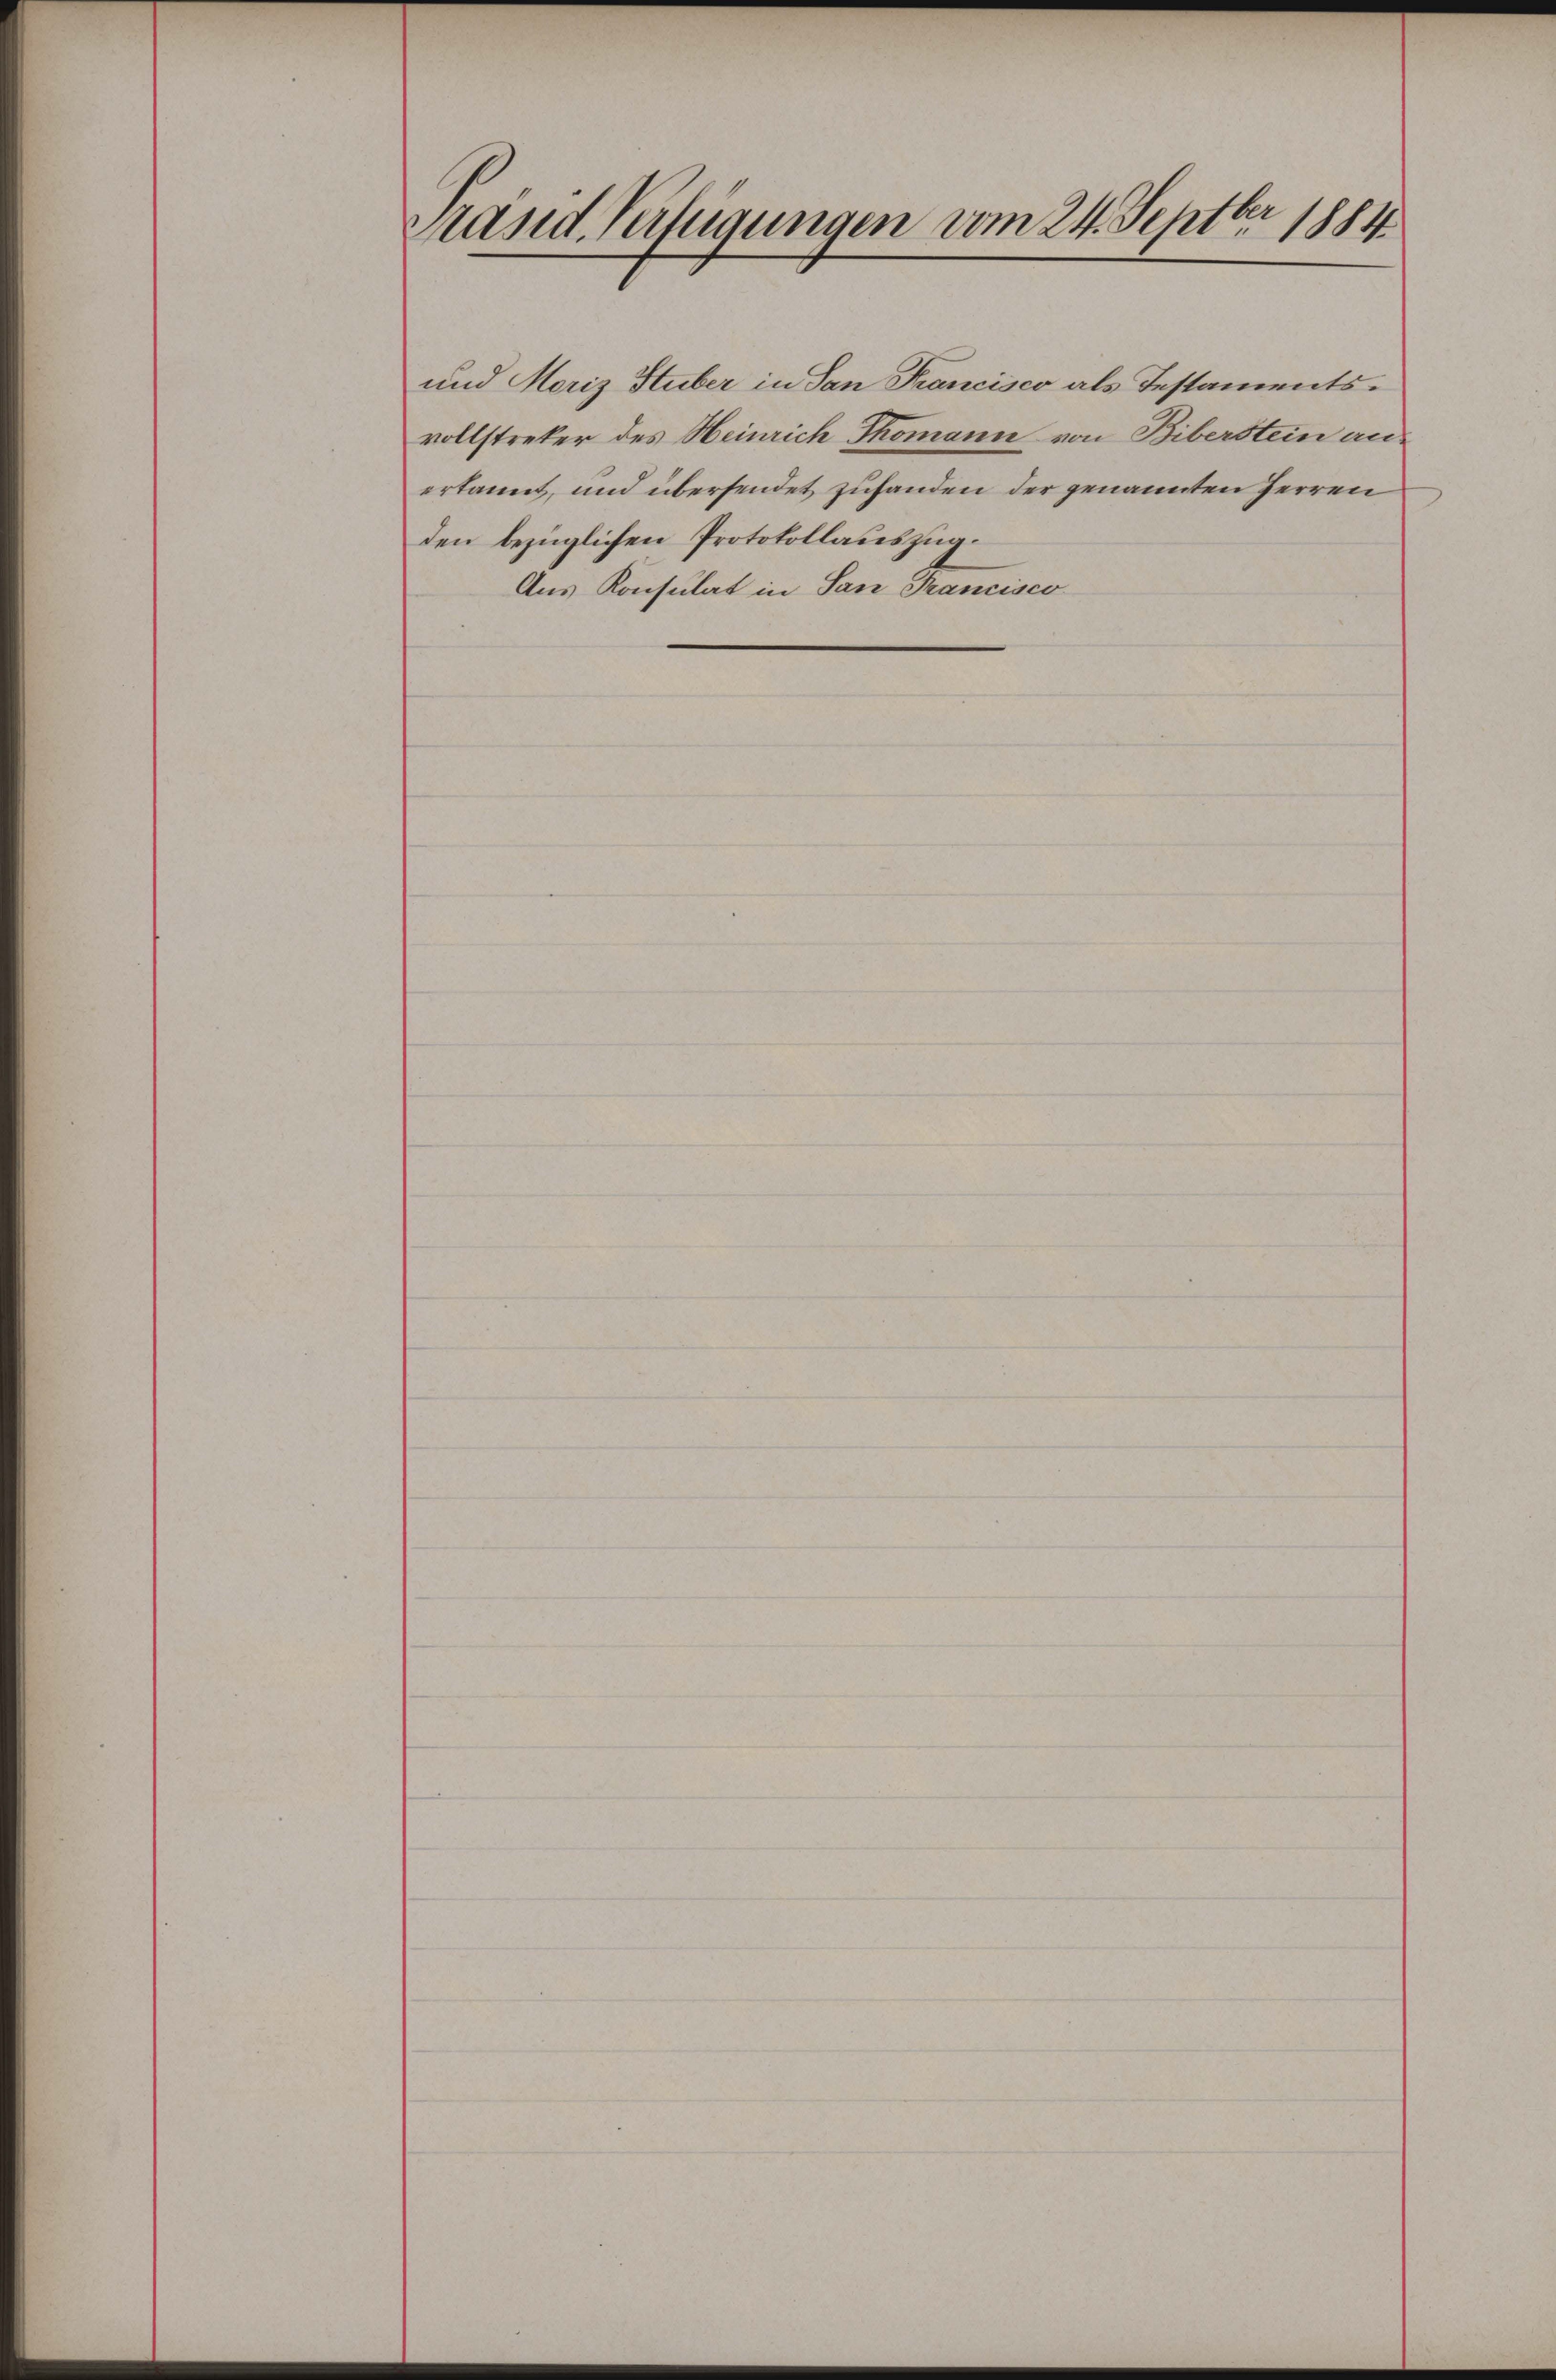
Präsid. Verfügungen vom 24. Septbr 1884

Aus Konsulat in San Francisco

und Moriz Stuber in San Francisco als Testamentsvollstreter des Heinrich Thomann von Biberstein anerkannt, und übersendet zuhanden der genannten Herren
den bezüglichen Protokollauszug